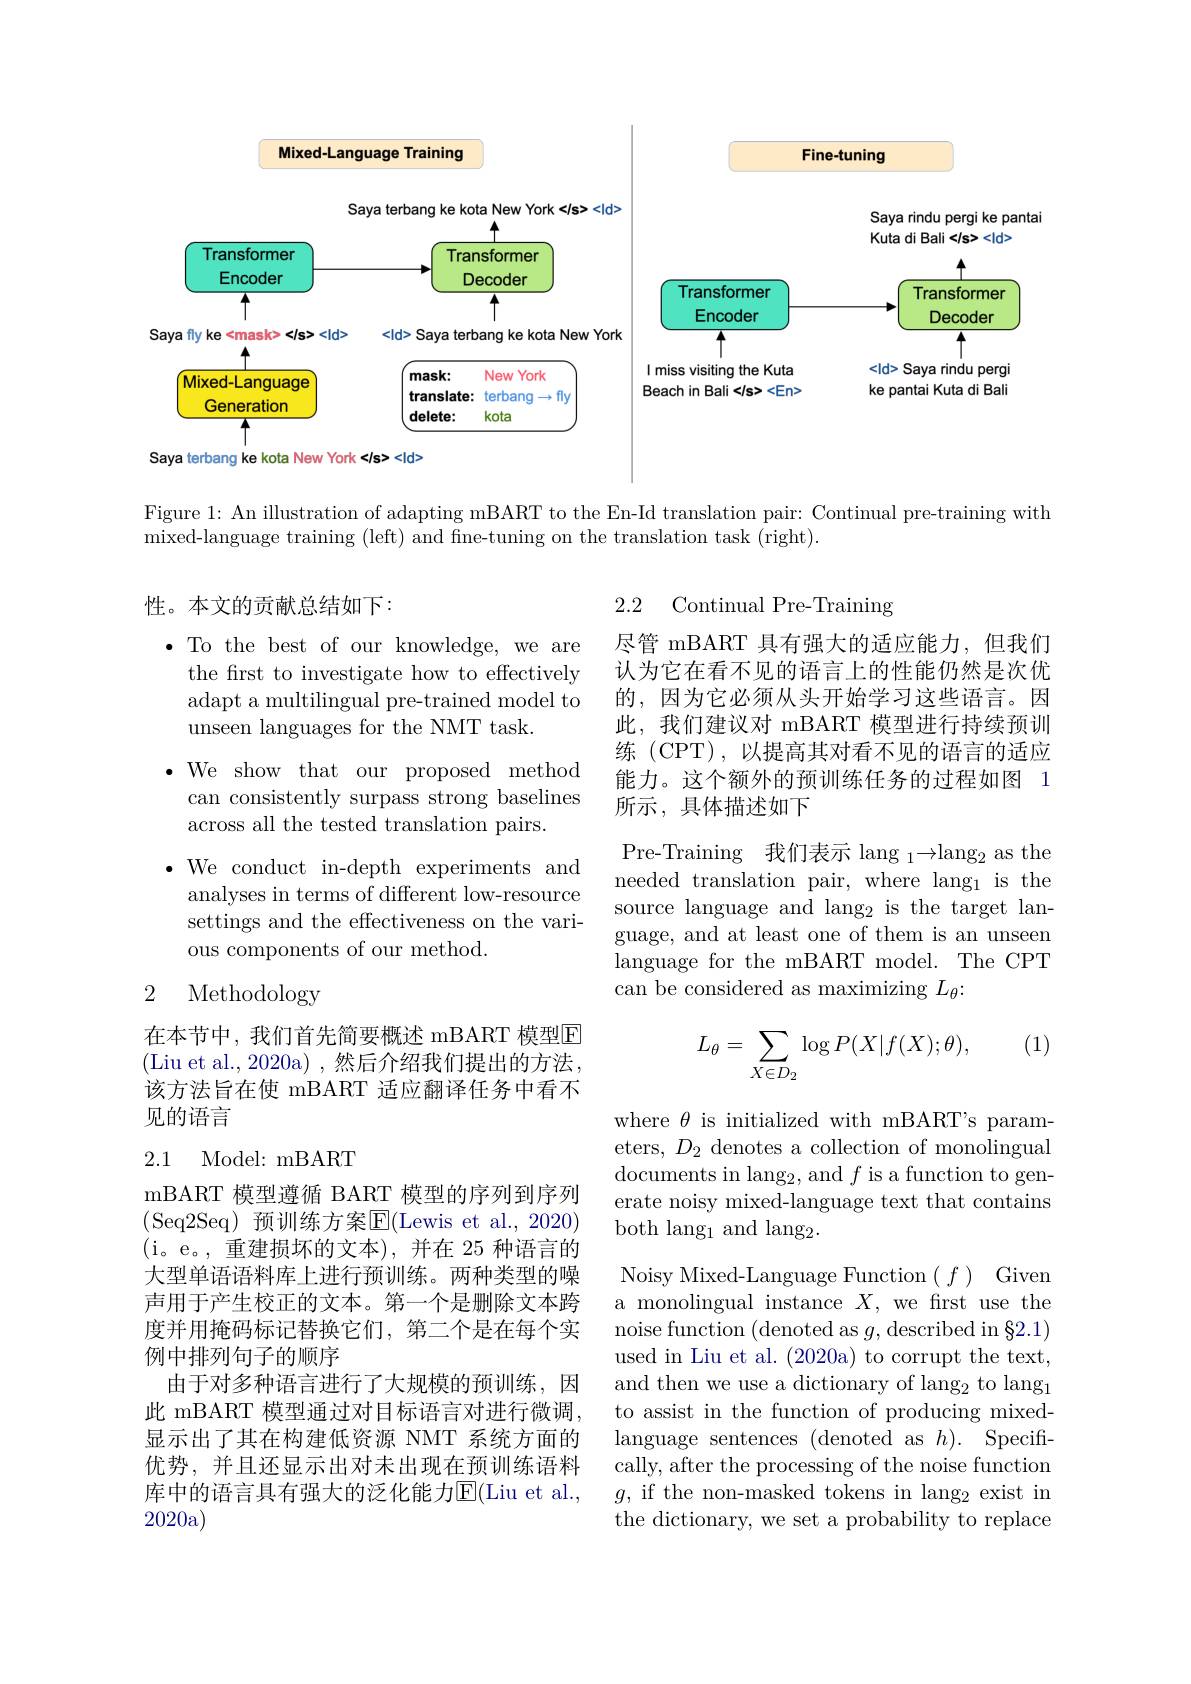
<FigureHere>

Figure 1: An illustration of adapting mBART to the En-Id translation pair: Continual pre-training with
mixed-language training (left) and fne-tuning on the translation task (right).

性。本文的贡献总结如下：

2.2 Continual Pre-Training

尽管 mBART 具有强大的适应能力，但我们认为它在看不见的语言上的性能仍然是次优的，因为它必须从头开始学习这些语言。因此，我们建议对 mBART 模型进行持续预训练 (CPT),以提高其对看不见的语言的适应能力。这个额外的预训练任务的过程如图 1所示，具体描述如下

$\bullet$ To the best of our knowledge, we are
the frst to investigate how to effectively adapt a multilingual pre-trained model to unseen languages for the NMT task.
We show that our proposed method can consistently surpass strong baselines across all the tested translation pairs.
$\bullet$We conduct in-depth experiments and analyses in terms of different low-resource settings and the effectiveness on the various components of our method.

Pre-Training 我们表示 lang $_1{\to}\mathrm{lang}_2{\mathrm{~as~the}}$ needed translation pair, where lang$_1$ is the source language and lang$_2$ is the target language, and at least one of them is an unseen language for the mBART model. The CPT can be considered as maximizing $L_\theta:$

## 2 Methodology

(1)
$$\begin{aligned}L_\theta=\sum_{X\in D_2}\log P(X|f(X);\theta),\end{aligned}$$
在本节中，我们首先简要概述 mBART 模型E (Liu et al., 2020a) ,然后介绍我们提出的方法， 该方法旨在使 mBART 适应翻译任务中看不见的语言

## 2.1 Model: mBART

where $\theta$ is initialized with mBART's parameters, $D_2$ denotes a collection of monolingual documents in lang$_2$,and $f$ is a function to generate noisy mixed-language text that contains both lang$_1$ and lang$_2.$

mBART 模型遵循 BART 模型的序列到序列(Seq2Seq)预训练方案$\overline{\mathrm{E}}($Lewis et al., 2020) (i。e。,重建损坏的文本),并在 25 种语言的大型单语语料库上进行预训练。两种类型的噪声用于产生校正的文本。第一个是删除文本跨度并用掩码标记替换它们，第二个是在每个实例中排列句子的顺序
由于对多种语言进行了大规模的预训练，因此 mBART 模型通过对目标语言对进行微调， 显示出了其在构建低资源 NMT 系统方面的优势，并且还显示出对未出现在预训练语料库中的语言具有强大的泛化能力$\mathbb{E}($Liu et al. 2020a)

Noisy Mixed-Language Function $( f)$ Given a monolingual instance $X$, we frst use the noise function (denoted as $g$,described in $\S2.1)$ used in Liu et al. (2020a) to corrupt the text, and then we use a dictionary of lang$_2$to lang$_1$ to assist in the function of producing mixedlanguage sentences (denoted as $h) .$ Specifically, after the processing of the noise function $g$, if the non-masked tokens in lang$_2$ exist in the dictionary, we set a probability to replace